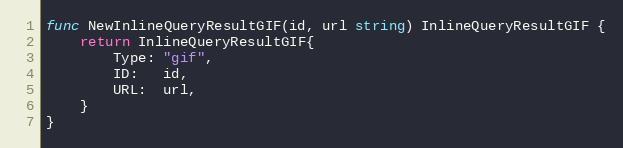
Language: Go
func NewInlineQueryResultGIF(id, url string) InlineQueryResultGIF {
	return InlineQueryResultGIF{
		Type: "gif",
		ID:   id,
		URL:  url,
	}
}